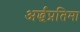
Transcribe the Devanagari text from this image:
अर्द्धप्रतिमा